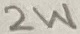
Text: 2W